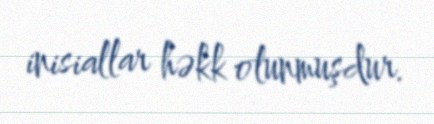
inisiallar həkk olunmuşdur.